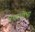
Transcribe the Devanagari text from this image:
नगरशोभा